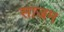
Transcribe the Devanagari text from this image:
साजम